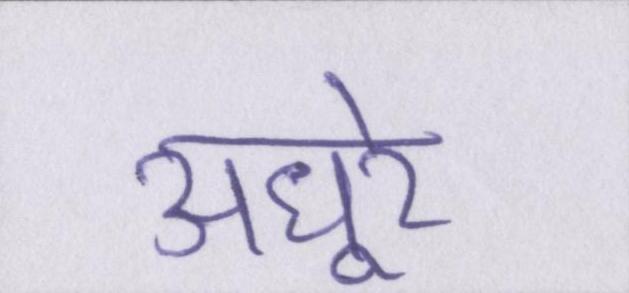
अधूरे